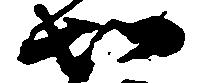
知